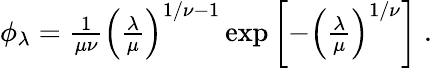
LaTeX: \begin{array}{r}{\phi_{\lambda}=\frac{1}{\mu\nu}\left(\frac{\lambda}{\mu}\right)^{1/\nu-1}\exp\left[-\left(\frac{\lambda}{\mu}\right)^{1/\nu}\right]\; .}\end{array}